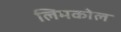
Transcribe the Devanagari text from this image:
लिमकोल